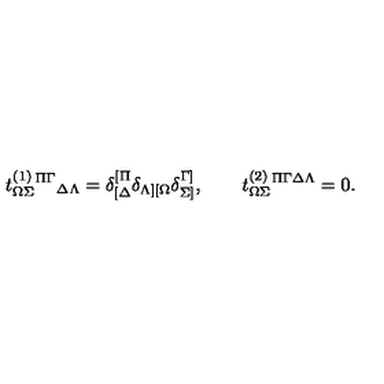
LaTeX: t _ { \Omega \Sigma } ^ { ( 1 ) } { } ^ { \Pi \Gamma } { } _ { \Delta \Lambda } = \delta _ { [ \Delta } ^ { [ \Pi } \delta _ { \Lambda ] [ \Omega } \delta _ { \Sigma ] } ^ { \Gamma ] } , \qquad t _ { \Omega \Sigma } ^ { ( 2 ) } { } ^ { \Pi \Gamma \Delta \Lambda } = 0 .